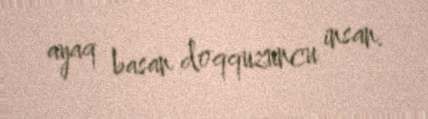
ayaq basan doqquzuncu insan.